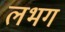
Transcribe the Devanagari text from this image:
लभग